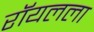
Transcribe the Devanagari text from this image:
रॉयलला